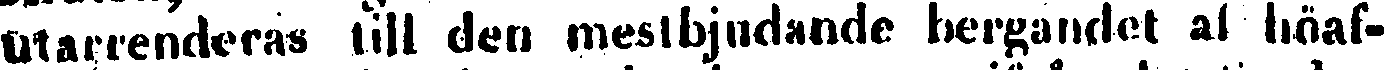
Utarrenderas till den mestbjudande bergandet af höaf-